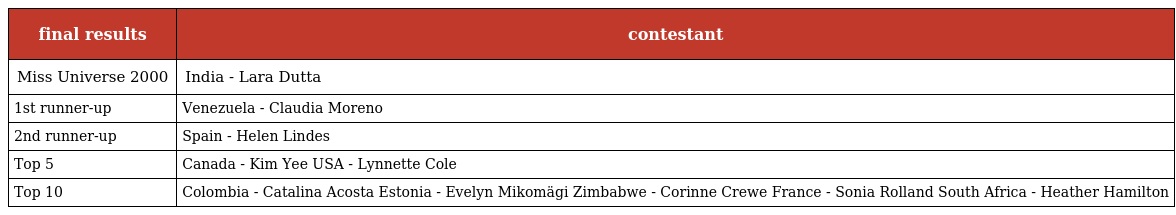
| final results | contestant |
 | --- | --- |
 | Miss Universe 2000 | India - Lara Dutta |
 | 1st runner-up | Venezuela - Claudia Moreno |
 | 2nd runner-up | Spain - Helen Lindes |
 | Top 5 | Canada - Kim Yee USA - Lynnette Cole |
 | Top 10 | Colombia - Catalina Acosta Estonia - Evelyn Mikomägi Zimbabwe - Corinne Crewe France - Sonia Rolland South Africa - Heather Hamilton |